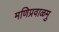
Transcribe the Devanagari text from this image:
मणिप्रवाळमु